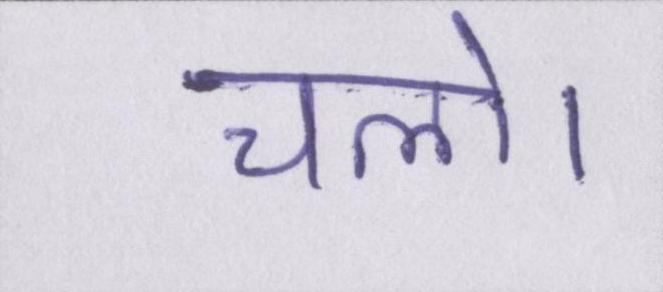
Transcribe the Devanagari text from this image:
चलो।